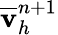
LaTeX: \overline{{\mathbf v}}_{h}^{n+1}